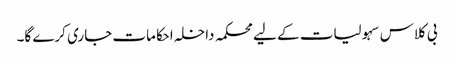
بی کلاس سہولیات کے لیے محکمہ داخلہ احکامات جاری کرے گا۔